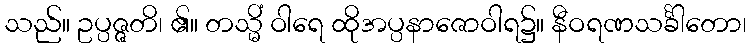
သည်။ ဥပ္ပဇ္ဇတိ၊ ၏။ တသ္မိံ ဝါရေ ထိုအပ္ပနာဇောဝါရ၌။ နီဝရဏသင်္ခါတော၊